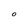
Character: O